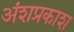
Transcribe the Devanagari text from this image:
अंशप्रकाश